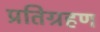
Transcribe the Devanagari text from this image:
प्रतिग्रहण